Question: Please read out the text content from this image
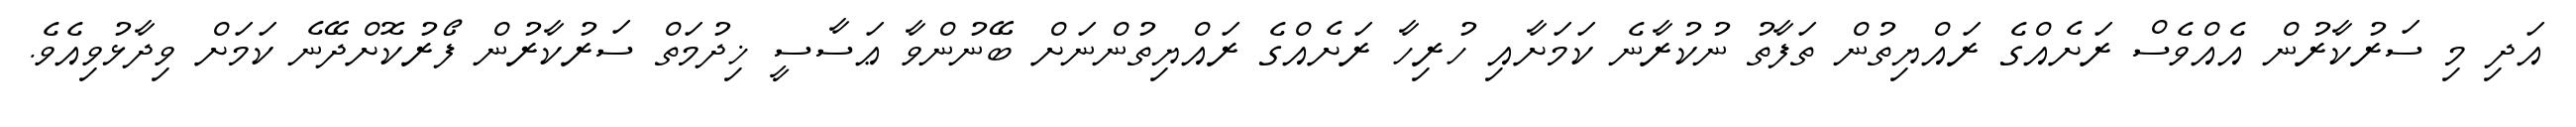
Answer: އަދި މި ސަރުކާރުން އެއްވެސް ރަށެއްގެ ރައްޔިތުން ތަފާތު ނުކުރާނެ ކަމަށާއި ހުރިހާ ރަށެއްގެ ރައްޔިތުންނަށް ބޭނުންވާ ޢަސާސީ ޚިދުމަތް ސަރުކާރުން ފޯރުކޮށްދޭނެ ކަމަށް ވިދާޅުވިއެވެ.